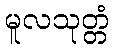
မူလသုတ္တံ